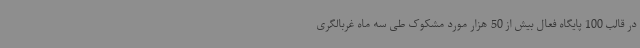
در قالب 100 پایگاه فعال بیش از 50 هزار مورد مشکوک طی سه ماه غربالگری